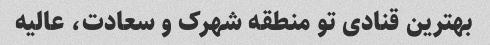
بهترین قنادی تو منطقه شهرک و سعادت، عالیه